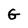
Character: G